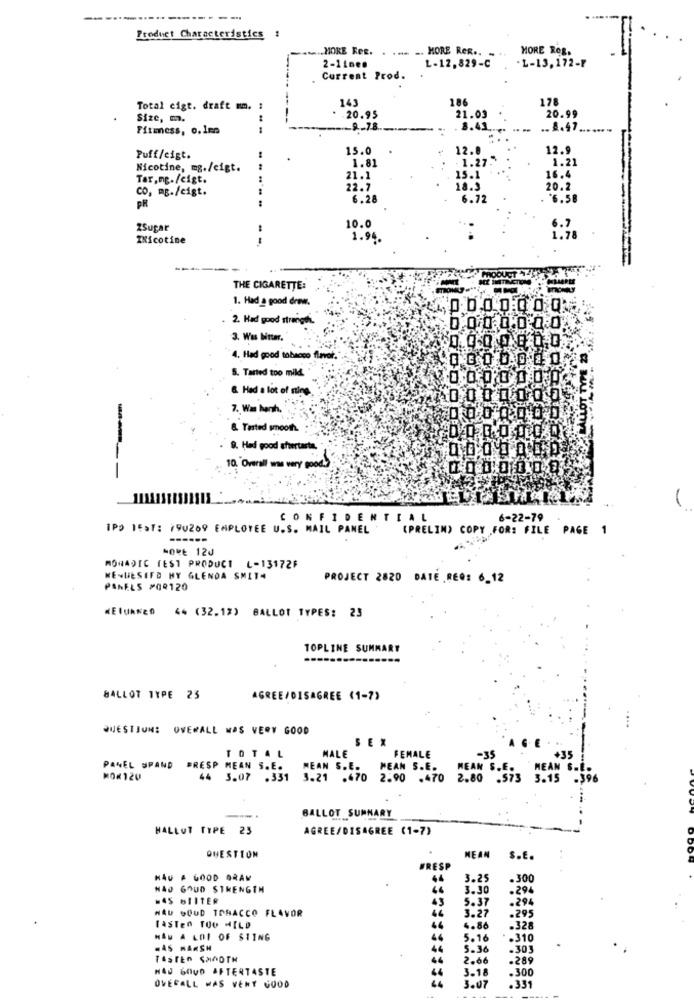
-------
Product Characteristics !
... MORE Res. . .... .. MORE ReR ..
MORE Reg.
-L-13,172-F
2-1inen
L-12,829-C
Current Prod.
143
186
178
Total cigt. draft mm. :
20.99
Size, m.
20.95
21.03
Firmness, 0.1m
---
-9.7.8.
3.43
.8.47
15.0
12.0
12.
Puff/cigt.
1.81
. 1.27
1.21
Nicotine, mg./cigt.
Tar,mg./cigt.
.....
21.1
15.1
16.4
CO, mg./cigt.
22.2
18.9
20.2
PR
6.28
6.72
*6.5
10.0
2Sugar
6.7
TNicotine
1.94.
=
---
THE CIGARETTE:
1. Had a good draw.
„0.0,00:00.0)
2. Had good strange.
0.0.0.0.0
3. Was bitter."
4. Had good tobacco flavor.
S. Tarted too mild.
&. Had a lot of sting
7. Was hanh.
& Tested smooth.
9. Ha good aftertaste.
10. 'Overall was very good.
----
CONFIDENTIAL
6-22-79
IPO TEST: 790269 EMPLOYEE U.S. MAIL PANEL
(PRELIN) COPY FOR: FILE PAGE 1
-----
NORE 12J
MONADIC TEST PRODUCT L-13172F
MENUESIFD HY GLENDA SMITA
PROJECT 2820 DATE REQ: 6_12
PANELS #04120
WEQUANEO 44 (32.12) BALLOT TYPES: 23
TOPLINE SUMMARY
BALLOT TYPE 23
AGREE/DISAGREE (1-7)
QUESTJUNE OVERALL MAS VERY GOOD
SEX
TOTAL
MALE
-35
+35
FEMALE
PANEL UPAND BRESP MEAN S.E.
MEAN S.E.
PEAN S.E.
MEAN S.E.
MEAN S.
MOK120
44 3.07 .331 3.21 .470 2.90 .470 2.80 .573 3.15
396
BALLOT SUMMARY
HALLOT TYPE 23
AGREE/DISAGREE (1-7)
QUESTION
MEAN
S.E.
WRESP
HAU A GOOD GRAM
3.25
.300
NAO GOUD STRENGTH
44
3.30
.294
#45 BIITER
43
5.37
.294
44
3.27
.295
HAD GOUD TOBACCO FLAVOR
LASTen TOO HILD
4.86
.328
HAW A LOT OF $11NG
66
5.16
.310
44
5.36
.303
TASTEn SMOOTH
44
2.66
.289
NAD GOUD AFTERTASTE
44
3-18
.300
3.07
OVERALL WAS VERY GOOD